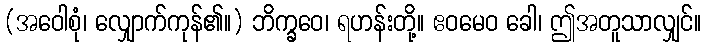
(အဝေါစုံ၊ လျှောက်ကုန်၏။) ဘိက္ခဝေ၊ ရဟန်းတို့။ ဧဝမေဝ ခေါ၊ ဤအတူသာလျှင်။